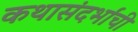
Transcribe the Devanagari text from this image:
कथासंदर्भांची